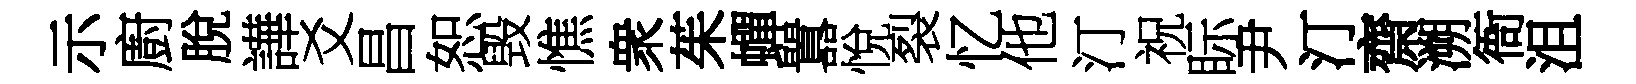
示廚脫譁爻昌恕毁憔衆茱蟬囂悅裂忆他汀祝眎尹汀齋溯衙沮